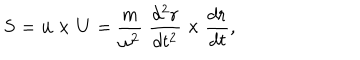
{ \bf S } = { \bf u } \times { \bf U } = { \frac { m } { \omega ^ { 2 } } } \; { \frac { d ^ { 2 } { \bf r } } { d t ^ { 2 } } } \times { \frac { d { \bf r } } { d t } } ,